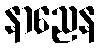
နာညေန